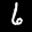
Label: 6